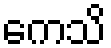
ကေသိ